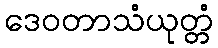
ဒေဝတာသံယုတ္တံ